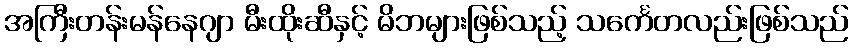
အကြီးတန်းမန်နေဂျာ မီးထိုးဆီနှင့် မိဘများဖြစ်သည့် သင်္ကေတလည်းဖြစ်သည်